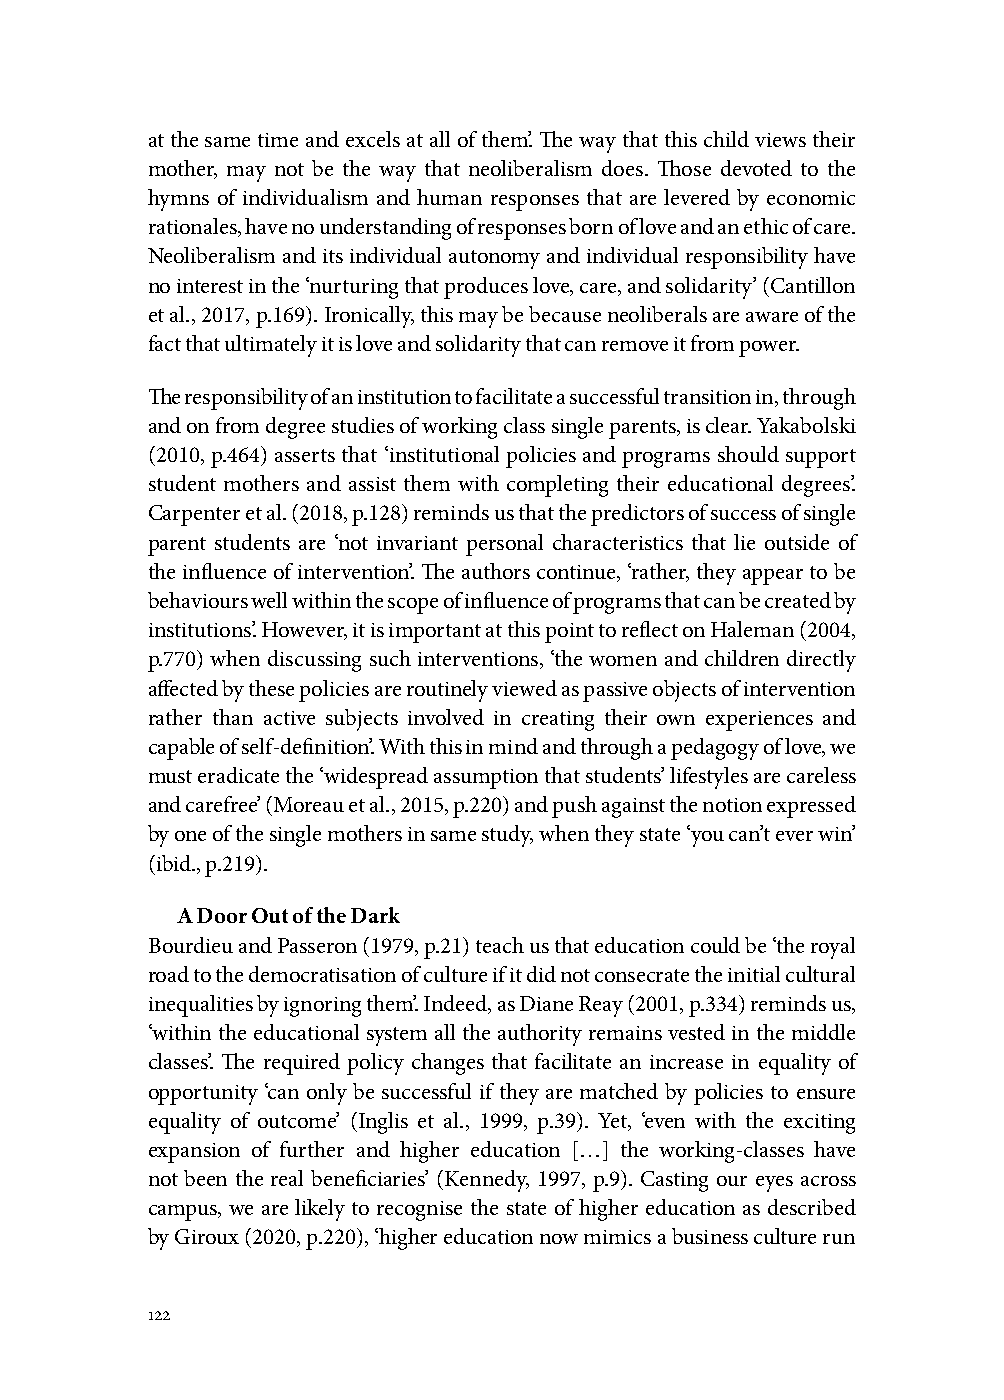
at the same time and excels at all of them’. The way that this child views their
 mother, may not be the way that neoliberalism does. Those devoted to the
 hymns of individualism and human responses that are levered by economic
 rationales, have no understanding of responses born of love and an ethic of care.
 Neoliberalism and its individual autonomy and individual responsibility have
 no interest in the ‘nurturing that produces love, care, and solidarity’ (Cantillon
 et al., 2017, p.169). Ironically, this may be because neoliberals are aware of the
 fact that ultimately it is love and solidarity that can remove it from power.
 The responsibility of an institution to facilitate a successful transition in, through
 and on from degree studies of working class single parents, is clear. Yakabolski
 (2010, p.464) asserts that ‘institutional policies and programs should support
 student mothers and assist them with completing their educational degrees’.
 Carpenter et al. (2018, p.128) reminds us that the predictors of success of single
 parent students are ‘not invariant personal characteristics that lie outside of
 the influence of intervention’. The authors continue, ‘rather, they appear to be
 behaviours well within the scope of influence of programs that can be created by
 institutions’. However, it is important at this point to reflect on Haleman (2004,
 p.770) when discussing such interventions, ‘the women and children directly
 affected by these policies are routinely viewed as passive objects of intervention
 rather than active subjects involved in creating their own experiences and
 capable of self-definition’. With this in mind and through a pedagogy of love, we
 must eradicate the ‘widespread assumption that students’ lifestyles are careless
 and carefree’ (Moreau et al., 2015, p.220) and push against the notion expressed
 by one of the single mothers in same study, when they state ‘you can’t ever win’
 (ibid., p.219).
 A Door Out of the Dark
 Bourdieu and Passeron (1979, p.21) teach us that education could be ‘the royal
 road to the democratisation of culture if it did not consecrate the initial cultural
 inequalities by ignoring them’. Indeed, as Diane Reay (2001, p.334) reminds us,
 ‘within the educational system all the authority remains vested in the middle
 classes’. The required policy changes that facilitate an increase in equality of
 opportunity ‘can only be successful if they are matched by policies to ensure
 equality of outcome’ (Inglis et al., 1999, p.39). Yet, ‘even with the exciting
 expansion of further and higher education […] the working-classes have
 not been the real beneficiaries’ (Kennedy, 1997, p.9). Casting our eyes across
 campus, we are likely to recognise the state of higher education as described
 by Giroux (2020, p.220), ‘higher education now mimics a business culture run
 122